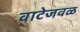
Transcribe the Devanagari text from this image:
वाटेजवळ